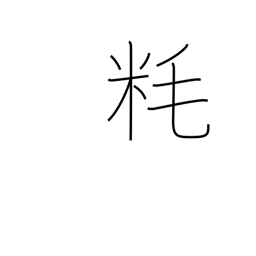
Meaning: millimeter